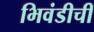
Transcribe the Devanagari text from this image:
भिवंडीची